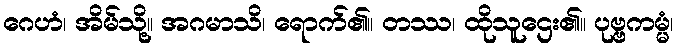
ဂေဟံ၊ အိမ်သို့။ အဂမာသိ၊ ရောက်၏။ တဿ၊ ထိုသူဌေး၏။ ပုဗ္ဗကမ္မံ၊